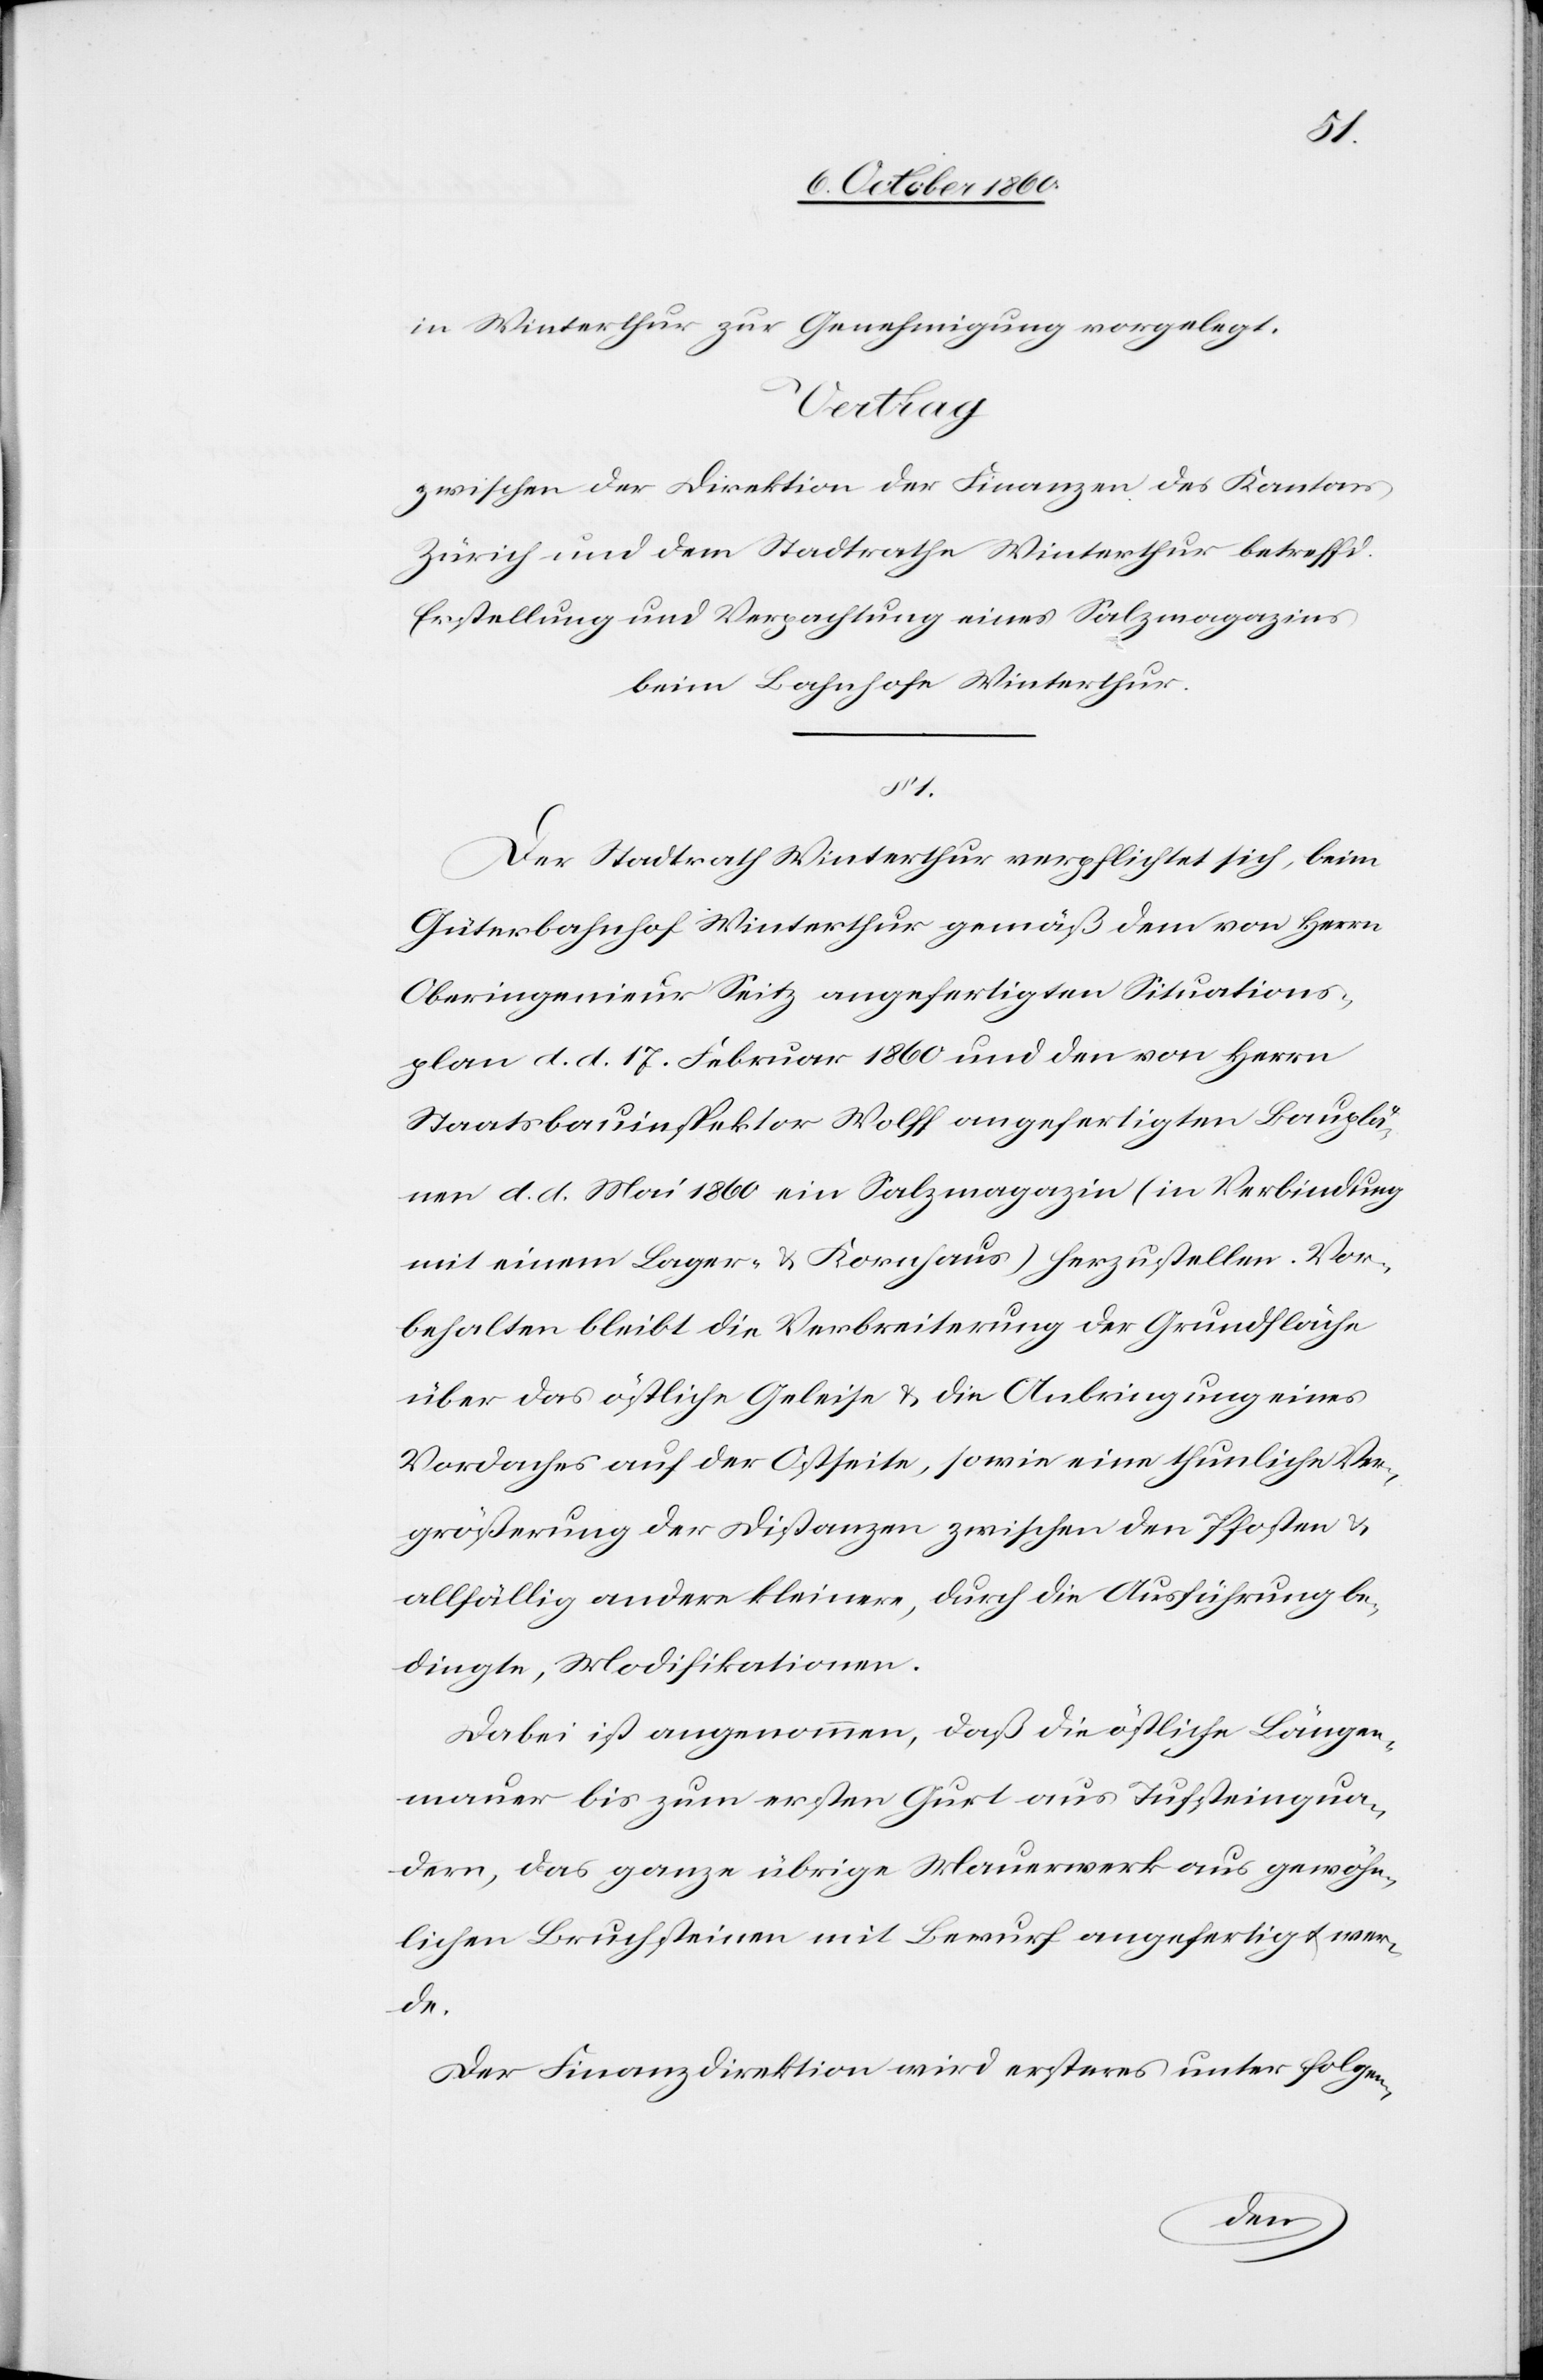
in Winterthur zur Genehmigung vorgelegt.
Vertrag
zwischen der Direktion der Finanzen des Kantons
Zürich und dem Stadtrathe Winterthur betreffd.
Erstellung und Verpachtung eines Salzmagazins
beim Bahnhofe Winterthur.
§ 1.
Der Stadtrath Winterthur verpflichtet sich, beim
Güterbahnhof Winterthur gemäß dem von Herrn
Oberingenieur Seitz angefertigten Situations¬
plan d. d. 17. Februar 1860 und den von Herrn
Staatsbauinspektor Wolff angefertigten Bauplä¬
nen d. d. Mai 1860 ein Salzmagazin (in Verbindung
mit einem Lager- u. Kornhaus) herzustellen. Vor¬
behalten bleibt die Verbreiterung der Grundfläche
über das östliche Geleise u. die Anbringung eines
Vordaches auf der Ostseite, sowie eine thunliche Ver¬
größerung der Distanzen zwischen den Pfosten u.
allfällig andere kleinere, durch die Ausführung be¬
dingte, Modifikationen.
Dabei ist angenommen, daß die östliche Längen¬
mauer bis zum ersten Gurt aus Tuchsteinqua¬
dern, das ganze übrige Mauerwerk aus gewöhn¬
lichen Bruchsteinen mit Bewurf angefertigt wer¬
de.
Der Finanzdirektion wird ersteres unter folgen-